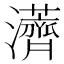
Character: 𱪏